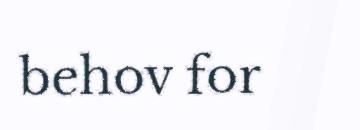
behov for